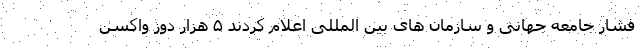
فشار جامعه جهانی و سازمان های بین المللی اعلام کردند ۵ هزار دوز واکسن